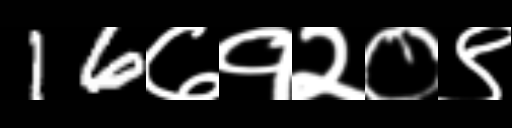
Text: 16७१२०९